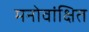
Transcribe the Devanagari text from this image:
मनोवांक्षित